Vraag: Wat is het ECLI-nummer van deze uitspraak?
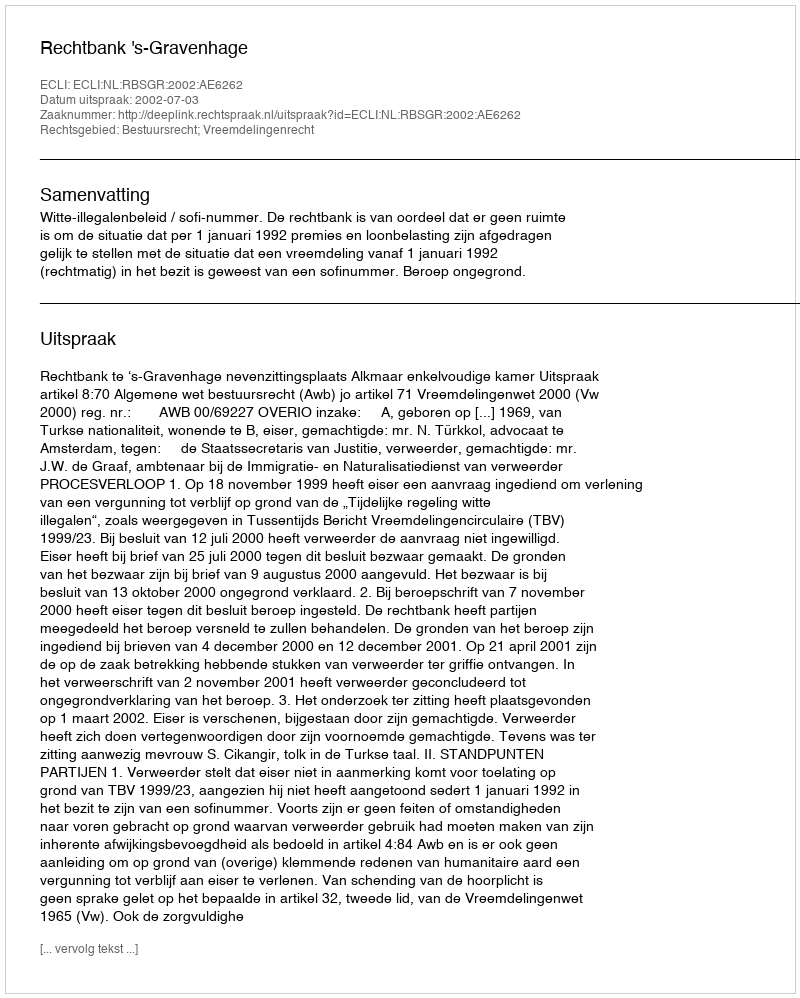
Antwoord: ECLI:NL:RBSGR:2002:AE6262